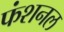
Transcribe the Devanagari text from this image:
फंशनल